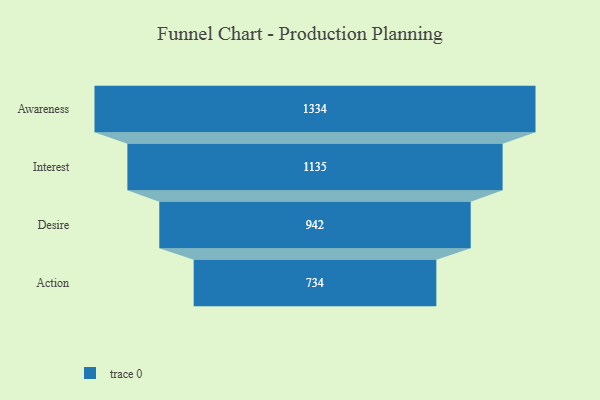
{"axis": {"x": "Stage", "y": "Value"}, "legend": [""], "data": [{"x": "Awareness", "y": 1334.0, "type": ""}, {"x": "Interest", "y": 1135.0, "type": ""}, {"x": "Desire", "y": 942.0, "type": ""}, {"x": "Action", "y": 734.0, "type": ""}]}